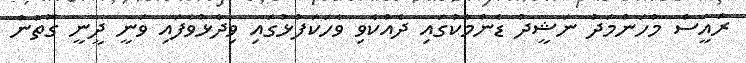
ރައީސް މުހަންމަދު ނަޝީދު ޑެންމާކުގައި ދެއްކެވި ވާހަކަފުޅުގައި ވިދާޅުވެފައި ވަނީ ދީނީ ގޮތުން